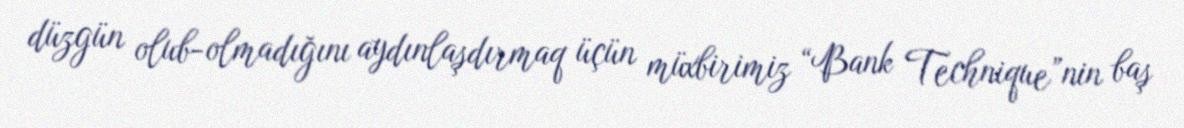
düzgün olub-olmadığını aydınlaşdırmaq üçün müxbirimiz “Bank Technique”nin baş